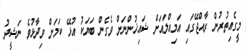
މީގެއިތުރުން ރާއްޖޭގައި އަމިއްލައަށް ޝައިޚުންނަށް ވެގެން ބަޔަކު އުޅޭ ކަމަށް ވިދާޅުވެ ނަޝީދު